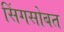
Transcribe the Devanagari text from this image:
सिंगसोबत